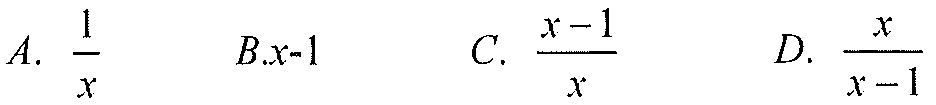
A. \(\frac{1}{x}\)  B.\(x - 1\)  C. \(\frac{x - 1}{x}\)  D. \(\frac{x}{x - 1}\)